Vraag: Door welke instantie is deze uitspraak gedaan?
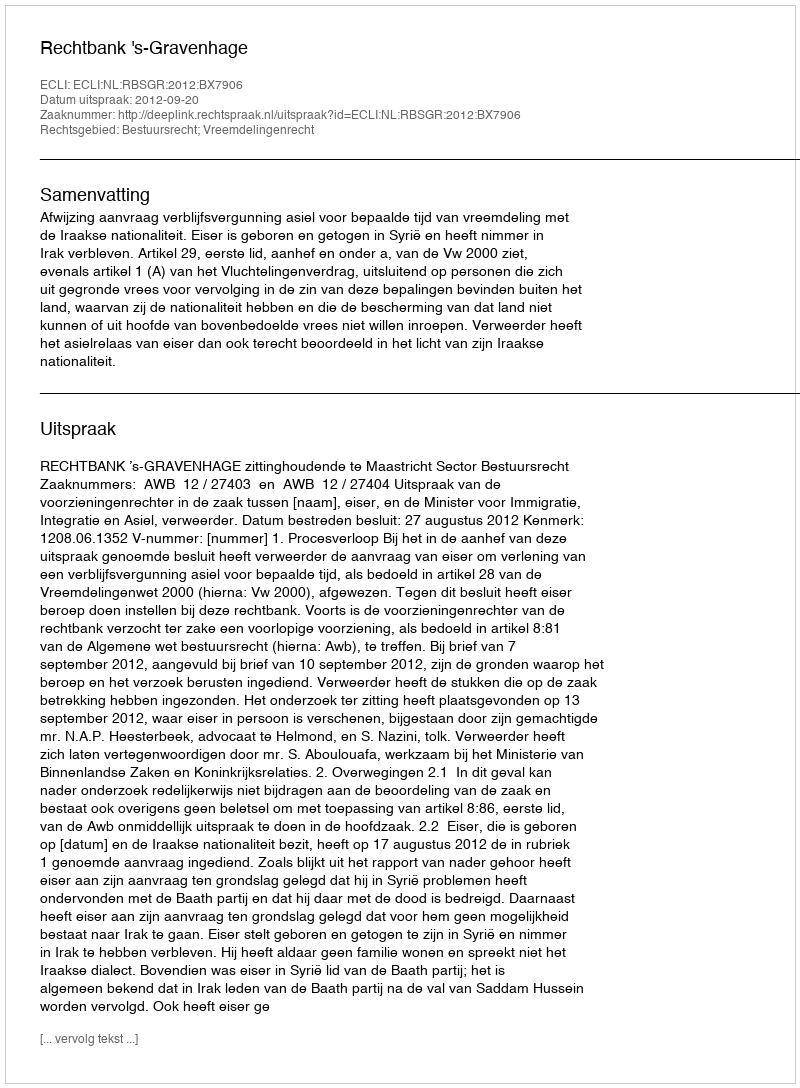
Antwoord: Rechtbank 's-Gravenhage